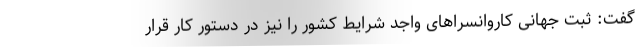
گفت: ثبت جهانی کاروانسراهای واجد شرایط کشور را نیز در دستور کار قرار